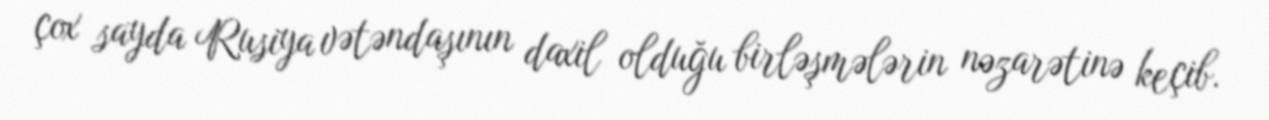
çox sayda Rusiya vətəndaşının daxil olduğu birləşmələrin nəzarətinə keçib.